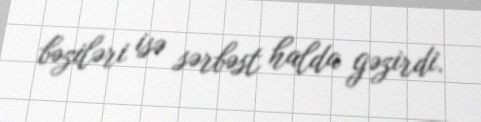
bəziləri isə sərbəst halda gəzirdi.